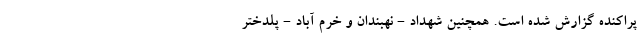
پراکنده گزارش شده است. همچنین شهداد - نهبندان و خرم آباد - پلدختر